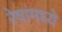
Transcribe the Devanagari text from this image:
रेषांमध्ये